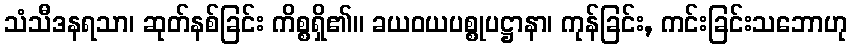
သံသီဒနရသာ၊ ဆုတ်နစ်ခြင်း ကိစ္စရှိ၏။ ခယဝယပစ္စုပဋ္ဌာနာ၊ ကုန်ခြင်း, ကင်းခြင်းသဘောဟု